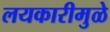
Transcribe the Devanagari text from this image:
लयकारीमुळे